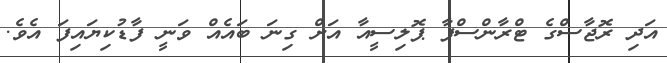
އަދި ރޮޖާސްގެ ޓްރާންސްފާ ޕޮލިސީއާ އަށް ގިނަ ބައެއް ވަނީ ފާޑުކިޔައިފަ އެވެ.